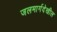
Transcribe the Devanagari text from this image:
जलमार्गदेखील